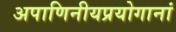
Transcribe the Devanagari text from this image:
अपाणिनीयप्रयोगानां